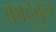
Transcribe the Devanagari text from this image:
कादुवुल